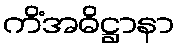
ကိံအဓိဋ္ဌာနာ